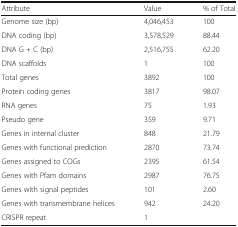
<table><thead><tr><td><b>Attribute</b></td><td><b>Value</b></td><td><b>% of Total</b></td></tr></thead><tbody><tr><td>Genome size (bp)</td><td>4,046,453</td><td>100</td></tr><tr><td>DNA coding (bp)</td><td>3,578,529</td><td>88.44</td></tr><tr><td>DNA G + C (bp)</td><td>2,516,755</td><td>62.20</td></tr><tr><td>DNA scaffolds</td><td>1</td><td>100</td></tr><tr><td>Total genes</td><td>3892</td><td>100</td></tr><tr><td>Protein coding genes</td><td>3817</td><td>98.07</td></tr><tr><td>RNA genes</td><td>75</td><td>1.93</td></tr><tr><td>Pseudo gene</td><td>359</td><td>9.71</td></tr><tr><td>Genes in internal cluster</td><td>848</td><td>21.79</td></tr><tr><td>Genes with functional prediction</td><td>2870</td><td>73.74</td></tr><tr><td>Genes assigned to COGs</td><td>2395</td><td>61.54</td></tr><tr><td>Genes with Pfam domains</td><td>2987</td><td>76.75</td></tr><tr><td>Genes with signal peptides</td><td>101</td><td>2.60</td></tr><tr><td>Genes with transmembrane helices</td><td>942</td><td>24.20</td></tr><tr><td>CRISPR repeat</td><td>1</td><td></td></tr></tbody></table>